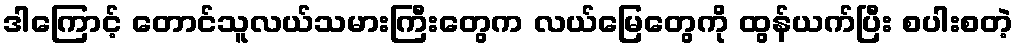
ဒါကြောင့် တောင်သူလယ်သမားကြီးတွေက လယ်မြေတွေကို ထွန်ယက်ပြီး စပါးစတဲ့